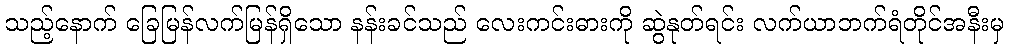
သည့်နောက် ခြေမြန်လက်မြန်ရှိသော နန်းခင်သည် လေးကင်းဓားကို ဆွဲနုတ်ရင်း လက်ယာဘက်ရံတိုင်အနီးမှ